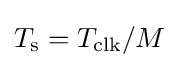
T_{\mathrm {s} }={T_{\mathrm {clk} }}/{M}